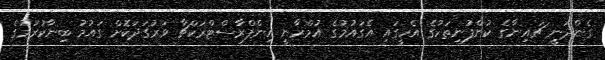
ގެންދަނީ ޗައިނާގެ ކުންފުނިތަކުގެ އެހީގައި އެގައުމުގެ އުމްރާނީ އިންފްރާސްޓްރަކްޗާ ވަރުގަދަކޮށް ގައުމު ބިނާކުރުމުގެ